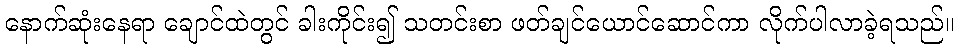
နောက်ဆုံးနေရာ ချောင်ထဲတွင် ခါးကိုင်း၍ သတင်းစာ ဖတ်ချင်ယောင်ဆောင်ကာ လိုက်ပါလာခဲ့ရသည်။